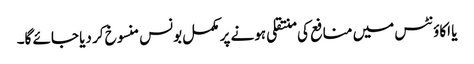
یا اکاؤنٹس میں منافع کی منتقلی ہونے پر مکمل بونس منسوخ کر دیا جائے گا۔